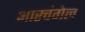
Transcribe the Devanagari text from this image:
आरचंगेल